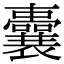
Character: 囊